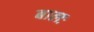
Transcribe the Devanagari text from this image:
बालः